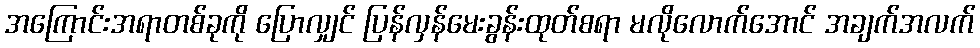
အကြောင်းအရာတစ်ခုကို ပြောလျှင် ပြန်လှန်မေးခွန်းထုတ်စရာ မလိုလောက်အောင် အချက်အလက်